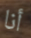
أنا